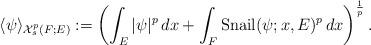
LaTeX: \begin{align*}\langle\psi\rangle_{\mathcal{X}^{p}_s(F;E)}:=\left(\int_{E} |\psi|^p\,dx+\int_{F} \mathrm{Snail}(\psi;x,E)^{p}\,dx\right)^\frac{1}{p}.\end{align*}